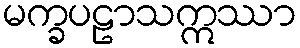
မက္ခပဠာသဣဿာ